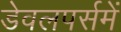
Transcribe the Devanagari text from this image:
डेवलपर्समें